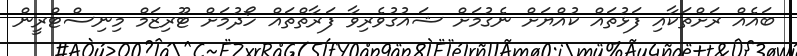
ބައެއް ރަށްތަކާއި ފަޅުތައް ކުއްޔަށް ނެގުމަށް ޝައުގުވެރިވާ ފަރާތްތައް ހޯދުމަށް ޓޫރިޒަމް މިނިސްޓްރީން